Document type: Sale
Year: 1435
Scribe: Pere Soler
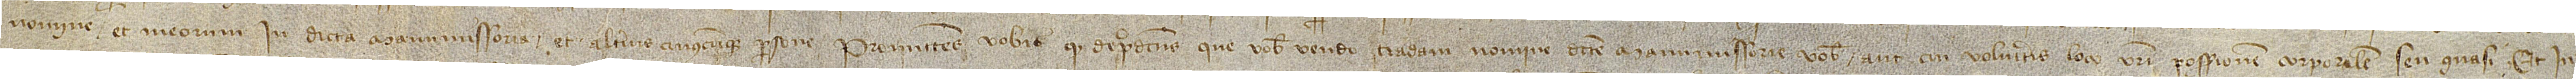
nomine et meorum in dicta manumissoria et alterius cuiuscumque persone. Promitens vobis quod de predictis que vobis vendo tradam nomine dicte manumissorie vobis aut cui volueritis loco vestri possessionem corporalem seu quasi et in